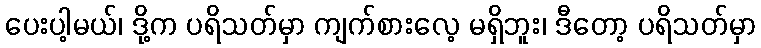
ပေးပါ့မယ်၊ ဒို့က ပရိသတ်မှာ ကျက်စားလေ့ မရှိဘူး၊ ဒီတော့ ပရိသတ်မှာ